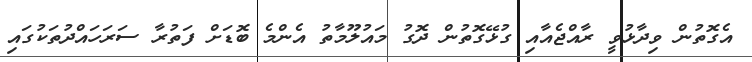
އެގޮތުން ވިދާޅުވީ ރާއްޖެއާއި ގުޅޭގޮތުން ދޮގު މައުލޫމާތު އެންމެ ބޮޑަށް ފަތުރާ ސަރަަހައްދުތަކުގައި